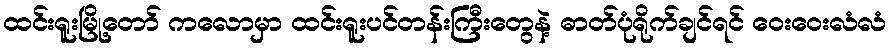
ထင်းရူးမြို့တော် ကလောမှာ ထင်းရူးပင်တန်းကြီးတွေနဲ့ ဓာတ်ပုံရိုက်ချင်ရင် ဝေးဝေးလံလံ